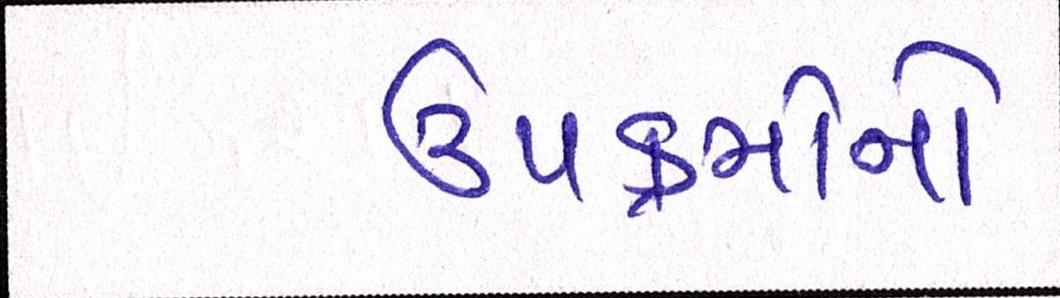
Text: ઉપક્રમોનો